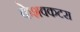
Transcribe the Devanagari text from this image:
केशवकटरा